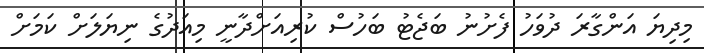
މިދިޔަ އަންގާރަ ދުވަހު ފެށުނު ބަޖެޓު ބަހުސް ކުރިއަށްދާނީ މިއަދުގެ ނިޔަލަށް ކަމަށް